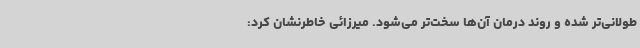
طولانی‌تر شده و روند درمان آن‌ها سخت‌تر می‌شود. میرزائی خاطرنشان کرد: